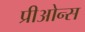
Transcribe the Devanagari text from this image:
प्रीओन्स